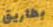
بطاريق